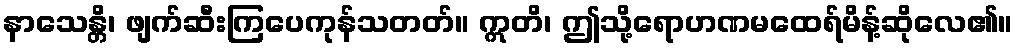
နာသေန္တိ၊ ဖျက်ဆီးကြပေကုန်သတတ်။ ဣတိ၊ ဤသို့ရောဟဏမထေရ်မိန့်ဆိုလေ၏။